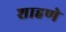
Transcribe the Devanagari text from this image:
शाहणे